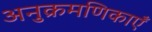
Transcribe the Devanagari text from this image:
अनुक्रमणिकाएँ